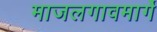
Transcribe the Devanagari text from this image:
माजलगावमार्गे